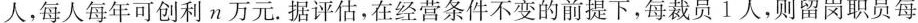
人，每人每年可创利n万元。据评估，在经营条件不变的前提下，每裁员1人，则留岗职员每